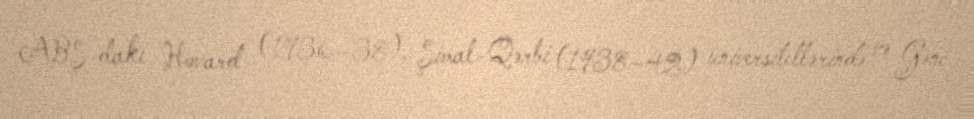
ABŞ-dakı Hovard (1936–38), Şimal-Qərbi (1938–42) universitetlərində və Gənc